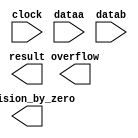
// megafunction wizard: %ALTFP_DIV%VBB%
// GENERATION: STANDARD
// VERSION: WM1.0
// MODULE: altfp_div 

// ============================================================
// Megafunction Name(s):
// 			altfp_div
//
// Simulation Library Files(s):
// 			
// ============================================================
// ************************************************************
// THIS IS A WIZARD-GENERATED FILE. DO NOT EDIT THIS FILE!
//
// 12.0 Build 178 05/31/2012 SJ Full Version
// ************************************************************

//Copyright (C) 1991-2012 Altera Corporation
//Your use of Altera Corporation's design tools, logic functions 
//and other software and tools, and its AMPP partner logic 
//functions, and any output files from any of the foregoing 
//(including device programming or simulation files), and any 
//associated documentation or information are expressly subject 
//to the terms and conditions of the Altera Program License 
//Subscription Agreement, Altera MegaCore Function License 
//Agreement, or other applicable license agreement, including, 
//without limitation, that your use is for the sole purpose of 
//programming logic devices manufactured by Altera and sold by 
//Altera or its authorized distributors.  Please refer to the 
//applicable agreement for further details.

module float_div (
	clock,
	dataa,
	datab,
	division_by_zero,
	overflow,
	result)/* synthesis synthesis_clearbox = 1 */;

	input	  clock;
	input	[31:0]  dataa;
	input	[31:0]  datab;
	output	  division_by_zero;
	output	  overflow;
	output	[31:0]  result;

endmodule

// ============================================================
// CNX file retrieval info
// ============================================================
// Retrieval info: PRIVATE: INTENDED_DEVICE_FAMILY STRING "Stratix IV"
// Retrieval info: PRIVATE: SYNTH_WRAPPER_GEN_POSTFIX STRING "0"
// Retrieval info: LIBRARY: altera_mf altera_mf.altera_mf_components.all
// Retrieval info: CONSTANT: DENORMAL_SUPPORT STRING "NO"
// Retrieval info: CONSTANT: INTENDED_DEVICE_FAMILY STRING "Stratix IV"
// Retrieval info: CONSTANT: OPTIMIZE STRING "SPEED"
// Retrieval info: CONSTANT: PIPELINE NUMERIC "6"
// Retrieval info: CONSTANT: REDUCED_FUNCTIONALITY STRING "NO"
// Retrieval info: CONSTANT: WIDTH_EXP NUMERIC "8"
// Retrieval info: CONSTANT: WIDTH_MAN NUMERIC "23"
// Retrieval info: USED_PORT: clock 0 0 0 0 INPUT NODEFVAL "clock"
// Retrieval info: USED_PORT: dataa 0 0 32 0 INPUT NODEFVAL "dataa[31..0]"
// Retrieval info: USED_PORT: datab 0 0 32 0 INPUT NODEFVAL "datab[31..0]"
// Retrieval info: USED_PORT: division_by_zero 0 0 0 0 OUTPUT NODEFVAL "division_by_zero"
// Retrieval info: USED_PORT: overflow 0 0 0 0 OUTPUT NODEFVAL "overflow"
// Retrieval info: USED_PORT: result 0 0 32 0 OUTPUT NODEFVAL "result[31..0]"
// Retrieval info: CONNECT: @clock 0 0 0 0 clock 0 0 0 0
// Retrieval info: CONNECT: @dataa 0 0 32 0 dataa 0 0 32 0
// Retrieval info: CONNECT: @datab 0 0 32 0 datab 0 0 32 0
// Retrieval info: CONNECT: division_by_zero 0 0 0 0 @division_by_zero 0 0 0 0
// Retrieval info: CONNECT: overflow 0 0 0 0 @overflow 0 0 0 0
// Retrieval info: CONNECT: result 0 0 32 0 @result 0 0 32 0
// Retrieval info: GEN_FILE: TYPE_NORMAL float_div.v TRUE
// Retrieval info: GEN_FILE: TYPE_NORMAL float_div.inc FALSE
// Retrieval info: GEN_FILE: TYPE_NORMAL float_div.cmp FALSE
// Retrieval info: GEN_FILE: TYPE_NORMAL float_div.bsf FALSE
// Retrieval info: GEN_FILE: TYPE_NORMAL float_div_inst.v FALSE
// Retrieval info: GEN_FILE: TYPE_NORMAL float_div_bb.v TRUE